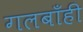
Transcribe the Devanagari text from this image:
गलबाँही